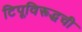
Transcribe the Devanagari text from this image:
टिपूविरूद्धची